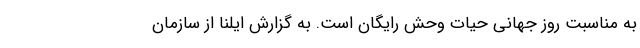
به مناسبت روز جهانی حیات وحش رایگان است. به گزارش ایلنا از سازمان